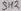
Text: SH2